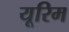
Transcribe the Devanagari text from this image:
यूरिम